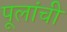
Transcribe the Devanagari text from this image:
पूलांची